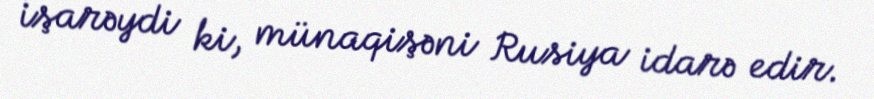
işarəydi ki, münaqişəni Rusiya idarə edir.